Vaccination in Burma 1889-1999 - 1889-1999
Year: 1889
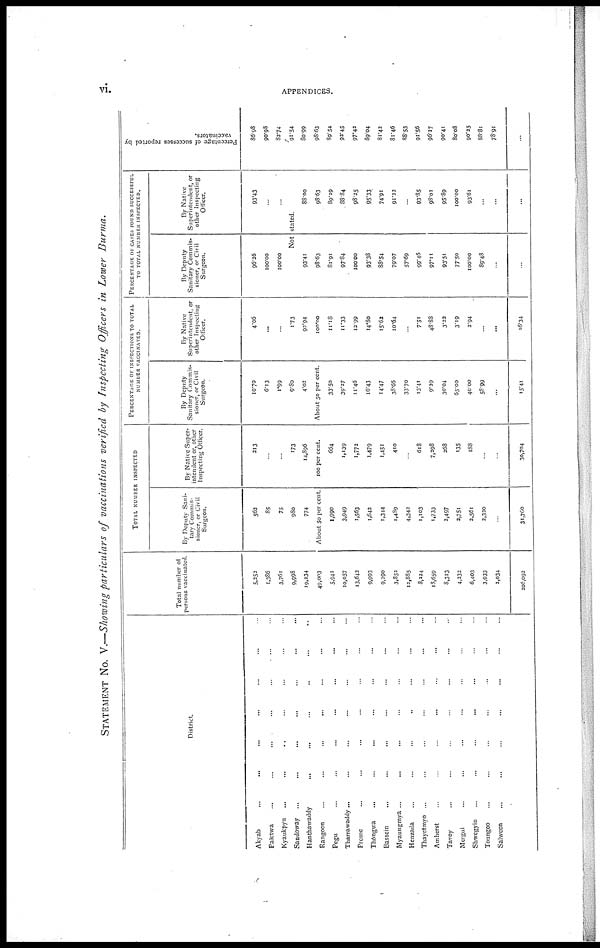
vi.
APPENDICES.
STATEMENT NO. V.—Showing particulars of vaccinations verified by Inspecting Officers in Lower Burma.
District.
Akyab ... ... ... ... ... ... ...
Paletwa ... ... ... ... ... ...
Kyaukpyu ... ... ... ... ... ...
Sandoway ... ... ... ... ... ...
Hanthawaddy
...
...
...
...
...
...
Rangoon ... ... ... ... ... ...
Pegu ... ... ... ... ... ...
Tharrawaddy... ... ... ... ... ...
Prome ... ... ... ... ... ...
Thôngwa ... ... ... ... ... ...
Bassein ... ... ... ... ... ...
Myaungmya ... ... ... ... ... ...
Henzada ... ... ... ... ... ...
Thayetmyo ... ... ... ... ...
Amherst ... ... ... ... ... ...
Tavoy ... ... ... ... ... ...
Mergui ... ... ... ... ... ...
Shwegyin ... ... ... ... ... ...
Toungoo ... ... ... ... ... ...
Salween ... ... ... ... ... ...
Total number of
persons vaccinated.
5,252
1,386
3,761
9,998
19,234
49,003
5,941
10,057
13,643
9,993
9,290
3,852
12,885
8,224
18,659
8,313
4,232
6,403
3,933
2,034
206,092
TOTAL NUMBER INSPECTED
By Deputy Sani-
tary Commis-
sioner, or Civil
Surgeon.
562
85
75
980
774
About 50 per cent.
1,990
3,949
1,563
1,642
1,344
1,489
4,342
1,103
1,733
2,497
3,751
3,561
3,320
...
31,760
By Native Super-
intendent or, other
Inspecting Officer.
213
...
...
173
14,896
100 per cent.
664
1,139
1,772
1,479
1,451
410
...
618
7,298
268
135
188
...
...
30,704
PERCENTAGE OF INSPECTIONS TO TOTAL
NUMBER VACCINATED.
By Deputy
Sanitary Commis-
sioner, or Civil
Surgeon.
10.70
6.13
1.99
9.80
4.02
About 50 per cent.
33.50
39.27
11.46
16.43
14.47
38.66
33.70
13.41
9.29
30.04
65.00
40.00
58.99
...
15.41
By Native
Superintendent, or
other Inspecting
Officer.
4.06
...
...
1.73
92.94
100.00
11.18
11.33
12.99
14.80
15.62
10.64
...
7.51
48.88
3.22
3.19
2.94
...
...
16.34
PERCENTAGE OF CASES FOUND SUCCESSFUL
TO TOTAL NUMBER INSPECTED.
By Deputy
Sanitary Commis-
sioner, or Civil
Surgeon.
96.26
100.00
100.00
By Native
Superintendent, or
other Inspecting
Officer.
93.43
...
...
Not stated.
93.41
98.63
81.91
97.84
100.00
93.38
88.54
79.07
57.69
99.46
97.11
93.51
77.50
100.00
89.48
...
...
88.00
98.63
89.29
88.84
98.25
95.33
74.91
91.22
...
93.85
98.02
95.89
100.00
93.61
...
...
...
Percentage of successes reported by
vaccinators.
86.98
90.98
82.74
91.54
80.99
98.63
89.54
92.45
97.42
89.04
81.42
81.46
88.53
91.56
96.17
90.41
80.08
90.25
88.81
78.91
...